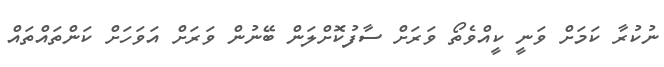
ނުކުރާ ކަމަށް ވަނީ ކީއްވެތޯ ވަރަށް ސާފުކޮށްލަން ބޭނުން ވަރަށް އަވަހަށް ކަންތައްތައް